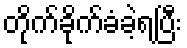
တိုက်ခိုက်ခံခဲ့ရပြီး